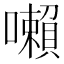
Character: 𡃤